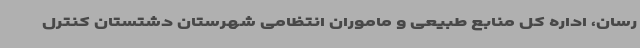
رسان، اداره کل منابع طبیعی و ماموران انتظامی شهرستان دشتستان کنترل